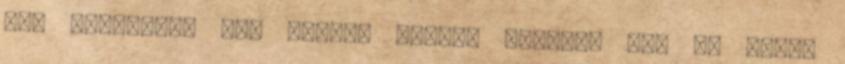
egy falunapon egy lovat. Persze nyomban fel is akart